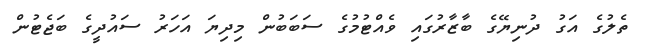
ތެލުގެ އަގު ދުނިޔޭގެ ބާޒާރުގައި ވެއްޓުމުގެ ސަބަބުން މިދިޔަ އަހަރު ސައުދީގެ ބަޖެޓުން